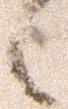
候